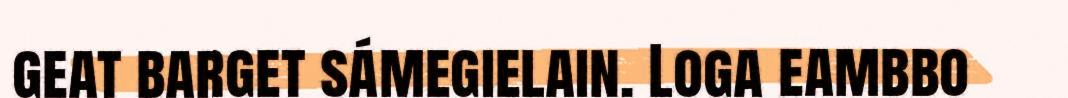
geat barget sámegielain. Loga eambbo